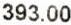
393.00